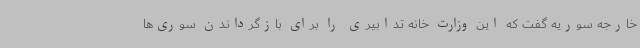
خارجه سوریه گفت که این وزارت خانه تدابیری را برای بازگرداندن سوری‌ها